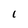
Character: L